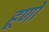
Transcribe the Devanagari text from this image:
हूणो